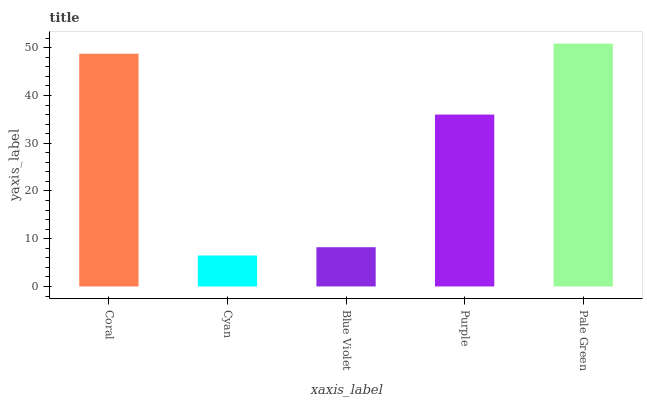
| xaxis_label | bars |
 | --- | --- |
 | Coral | 48.7 |
 | Cyan | 6.49 |
 | Blue Violet | 8.22 |
 | Purple | 36 |
 | Pale Green | 50.9 |